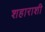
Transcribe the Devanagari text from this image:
शहाराशी